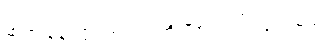
ဆက် နေ လိုပါက ရက်တိုးဗီဇာ ထပ် လုပ်ရမယ်။